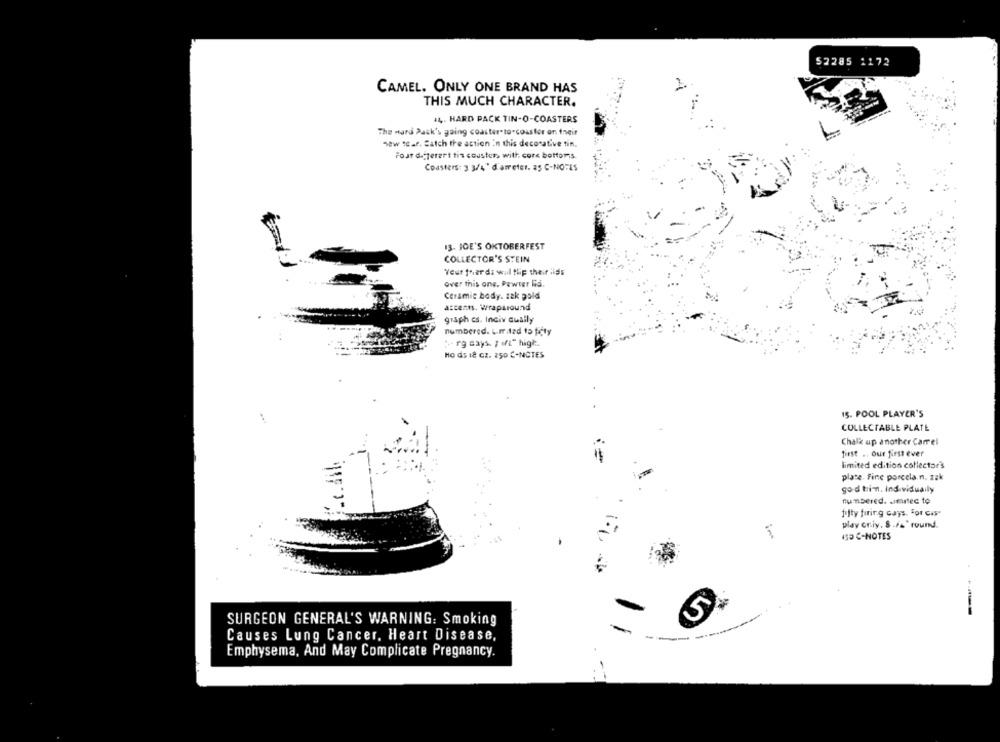
52285 1172
CAMEL. ONLY ONE BRAND HAS
THIS MUCH CHARACTER.
14. HARD PACK TIN-O-COASTERS
The ward Pack's going coaster-to-coaster on their
new tCaf. Catch the action in this decorative tin.
Fost d.cterert tis cousters with. cork bottomis
Coasters: 3 3/4" d'arreter. 25 C-NOTES
13- JOE'S OKTOBERFEST
COLLECTOR'S STEIN
Yeur fhards will flip their lids
over this one. Pewter Rå.
Ceramic body. zak gold
attents. Wraparound
graph cs. Inciv cually
numbered. L.r.dad 15 fity
"+ rg says. " ofi" high.
Ho ds 18 CZ. 250 €-NCTES
15. POOL PLAYER'S
COLLECTABLE PLATE
Chalk up another Carrel
first .. our first ever
limited edition collector's
place. fine porcela.n. zak
god tri-n. Individually
numbered. simatec to
fifty firing Gays. For Gas-
play criy. 8 .F&" round.
ISO C-NOTES
SURGEON GENERAL'S WARNING: Smoking
-
-
Causes Lung Cancer, Heart Disease,
--
Emphysema, And May Complicate Pregnancy.